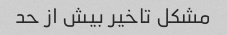
مشکل تاخیر بیش از حد